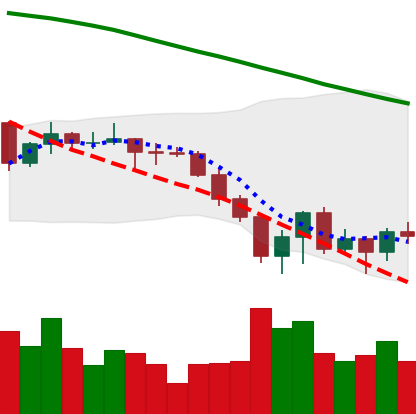
Ticker: XLM-USD
Chart end date: 2022-06-20
Forward return: 12.125%
Label: up_7plus